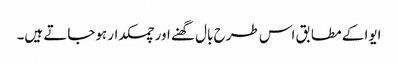
ایوا کے مطابق اس طرح بال گھنے اور چمکدار ہوجاتے ہیں۔